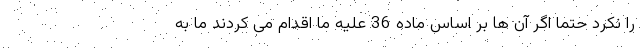
را نکرد حتما اگر آن ها بر اساس ماده 36 علیه ما اقدام می کردند ما به